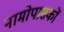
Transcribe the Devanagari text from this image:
नामोपासकों